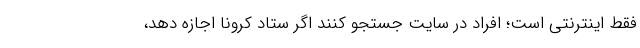
فقط اینترنتی است؛ افراد در سایت جستجو کنند اگر ستاد کرونا اجازه دهد،